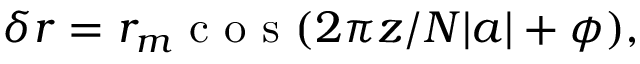
\delta r = r _ { m } \mathrm { ~ c ~ o ~ s ~ } ( 2 \pi z / N | a | + \phi ) ,